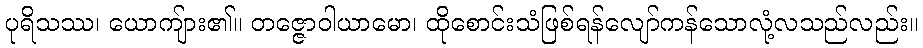
ပုရိသဿ၊ ယောကျ်ား၏။ တဇ္ဇောဝါယာမော၊ ထိုစောင်းသံဖြစ်ရန်လျော်ကန်သောလုံ့လသည်လည်း။